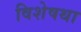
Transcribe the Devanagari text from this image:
विशेषथा